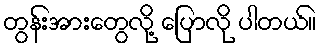
တွန်းအားတွေလို့ ပြောလို ပါတယ်။